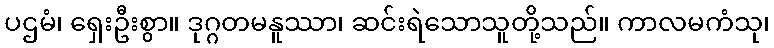
ပဌမံ၊ ရှေးဦးစွာ။ ဒုဂ္ဂတမနူဿာ၊ ဆင်းရဲသောသူတို့သည်။ ကာလမကံသု၊